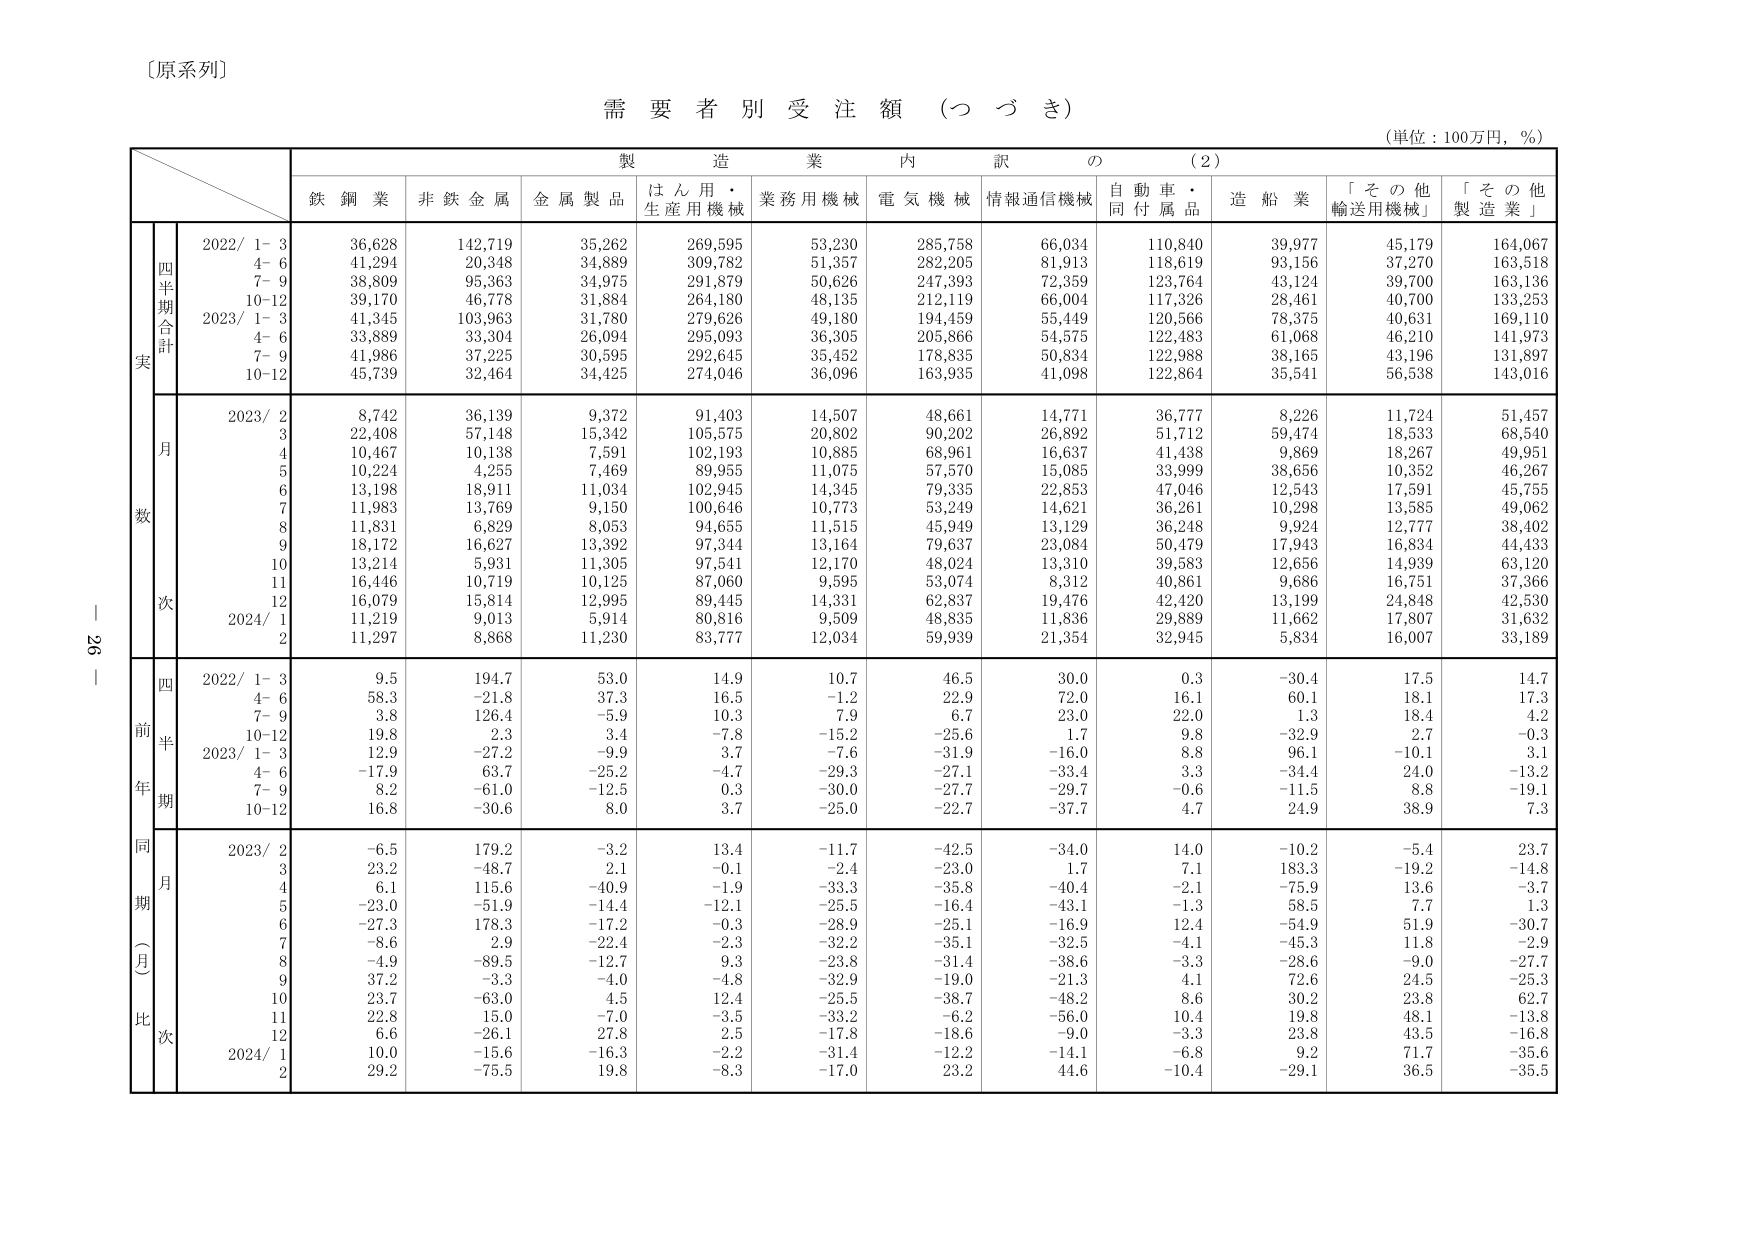
〔原系列〕

需要者別受注額（つづき）
（単位：100万円，％）

製造業内訳の（2）

鉄鋼業　非鉄金属　金属製品　はん用・生産用機械　業務用機械　電気機械　情報通信機械　自動車・同付属品　造船業　「その他輸送用機械」　「その他製造業」

四半期合計
実
2022/ 1-3　36,628　142,719　35,262　269,595　53,230　285,758　66,034　110,840　39,977　45,179　164,067
　4-6　41,294　20,348　34,889　309,782　51,357　282,205　81,913　118,619　93,156　37,270　163,518
　7-9　38,809　95,363　34,975　291,879　50,626　247,393　72,359　123,764　43,124　39,700　163,136
　10-12　39,170　46,778　31,884　264,180　48,135　212,119　66,004　117,326　28,461　40,700　133,253
2023/ 1-3　41,345　103,963　31,780　279,626　49,180　194,459　55,449　120,566　78,375　40,631　169,110
　4-6　33,889　33,304　26,094　295,093　36,305　205,866　54,575　122,483　61,068　46,210　141,973
　7-9　41,986　37,225　30,595　292,645　35,452　178,835　50,834　122,988　38,165　43,196　131,897
　10-12　45,739　32,464　34,425　274,046　36,096　163,935　41,098　122,864　35,541　56,538　143,016

月数
2023/ 2　8,742　36,139　9,372　91,403　14,507　48,661　14,771　36,777　8,226　11,724　51,457
　3　22,408　57,148　15,342　105,575　20,802　90,202　26,892　51,712　59,474　18,533　68,540
　4　10,467　10,138　7,591　102,193　10,885　68,961　16,637　41,438　9,869　18,267　49,951
　5　10,224　4,255　7,469　89,955　11,075　57,570　15,085　33,999　38,656　10,352　46,267
　6　13,198　18,911　11,034　102,945　14,345　79,335　22,853　47,046　12,543　17,591　45,755
　7　11,983　13,769　9,150　100,646　10,773　53,249　14,621　36,261　10,298　13,585　49,062
　8　11,881　6,829　8,053　94,655　11,515　45,949　13,129　36,248　9,924　12,777　38,402
　9　18,172　16,627　13,392　97,344　13,164　79,637　23,084　50,479　17,943　16,834　44,433
　10　13,214　5,931　11,305　97,541　12,170　48,024　13,310　39,583　12,656　14,939　63,120
　11　16,446　10,719　10,125　87,060　9,595　53,074　8,312　40,861　9,686　16,751　37,366
　12　16,079　15,814　12,995　89,445　14,331　62,837　19,476　42,420　13,199　24,848　42,530
2024/ 1　11,219　9,013　5,914　80,816　9,509　48,835　11,836　29,889　11,662　17,807　31,632
　2　11,297　8,868　11,230　83,777　12,034　59,939　21,354　32,945　5,834　16,007　33,189

四半期
前年同期（月比）次
2022/ 1-3　9.5　194.7　53.0　14.9　10.7　46.5　30.0　0.3　-30.4　17.5　14.7
　4-6　58.3　-21.8　37.3　16.5　-1.2　22.9　72.0　16.1　60.1　18.1　17.3
　7-9　3.8　126.4　-5.9　10.3　7.9　6.7　23.0　22.0　-1.3　18.4　4.2
　10-12　19.8　2.3　3.4　-7.8　-15.2　-25.6　1.7　9.8　-32.9　2.7　-0.3
2023/ 1-3　12.9　-27.2　-9.9　3.7　-7.6　-31.9　-16.0　8.8　96.1　-10.1　3.1
　4-6　-17.9　63.7　-25.2　-4.7　-29.3　-27.1　-33.4　3.3　-34.4　24.0　-13.2
　7-9　8.2　-61.0　-12.5　0.3　-30.0　-27.7　-29.7　-0.6　-11.5　8.8　-19.1
　10-12　16.8　-30.6　8.0　3.7　-25.0　-22.7　-37.7　4.7　24.9　38.9　7.3

2023/ 2　-6.5　179.2　-3.2　13.4　-11.7　-42.5　-34.0　14.0　-10.2　-5.4　23.7
　3　23.2　-48.7　2.1　-0.1　-2.4　-23.0　1.7　7.1　183.3　-19.2　-14.8
　4　6.1　115.6　-40.9　-1.9　-33.3　-35.8　-40.4　-2.1　-75.9　13.6　-3.7
　5　-23.0　-51.9　-14.4　-12.1　-25.5　-16.4　-43.1　-1.3　58.5　7.7　1.3
　6　-27.3　178.3　-17.2　-0.3　-28.9　-25.1　-16.9　12.4　-54.9　51.9　-30.7
　7　-8.6　2.9　-22.4　-2.3　-32.2　-35.1　-32.5　-4.1　-45.3　11.8　-2.9
　8　-4.9　-89.5　-12.7　9.3　-23.8　-31.4　-38.6　-3.3　-28.6　-9.0　-27.7
　9　37.2　-3.3　-4.0　-4.8　-32.9　-19.0　-21.3　4.1　72.6　24.5　-25.3
　10　23.7　-63.0　4.5　12.4　-25.5　-38.7　-48.2　8.6　30.2　23.8　62.7
　11　22.8　15.0　-7.0　-3.5　-33.2　-6.2　-56.0　10.4　19.8　48.1　-13.8
　12　6.6　-26.1　27.8　2.5　-17.8　-18.6　-9.0　-3.3　23.8　43.5　-16.8
2024/ 1　10.0　-15.6　-16.3　-2.2　-31.4　-12.2　-14.1　-6.8　9.2　71.7　-35.6
　2　29.2　-75.5　19.8　-8.3　-17.0　23.2　44.6　-10.4　-29.1　36.5　-35.5

26｜